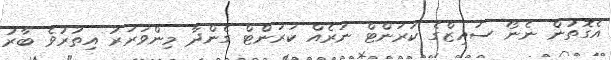
އެގޮތުން ނެނޯ ސައިޒްގެ ކަރަންޓް ނަރެއް ކަރަންޓް ގެންދާ މިންވަރަރު އިތުރުވެ ބާރު